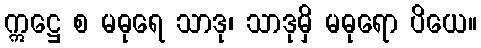
ဣဋ္ဌေ စ မဓုရေ သာဒု၊ သာဒုမှိ မဓုရော ပိယေ။